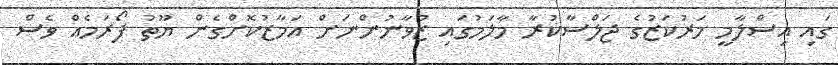
ގައި އިސްލާމީ މަރުކަޒުގެ ޖަލްސާކުރާ މާލަމުގައި ޒުވާނުންނަށް އަމާޒުކޮށްގެން ޔޫތު ފޯރަމެއް ވެސް